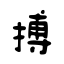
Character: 搏